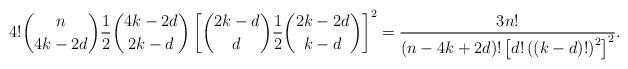
LaTeX: \begin{align*} 4!{n\choose 4k - 2d}\frac{1}{2}{4k - 2d \choose 2k-d} \left[{2k - d\choose d}\frac{1}{2}{2k - 2d \choose k -d} \right]^2 = \frac{3n!}{(n - 4k +2d)!\left[ d! \left((k-d)!\right)^2 \right]^2}. \end{align*}